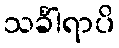
သင်္ခါရာပိ